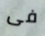
فى